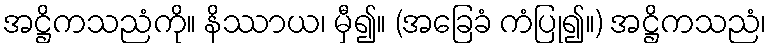
အဋ္ဌိကသညံကို။ နိဿာယ၊ မှီ၍။ (အခြေခံ ကံပြု၍။) အဋ္ဌိကသညံ၊